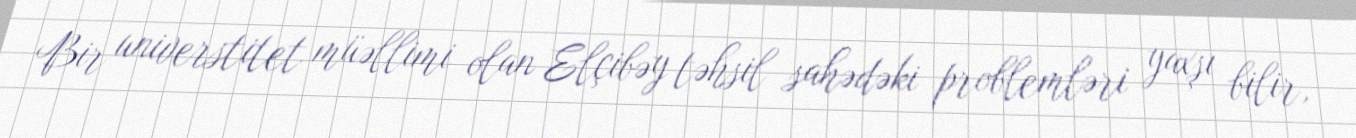
Bir universtitet müəllimi olan Elçibəy təhsil sahədəki problemləri yaxşı bilir,